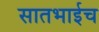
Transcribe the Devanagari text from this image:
सातभाईच